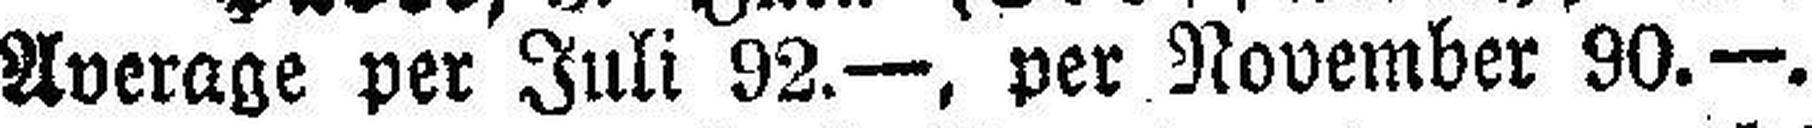
Average per Juli 92.—, per November 90.—.